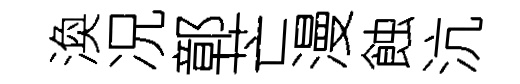
渙况鄣芒漫蝕沆